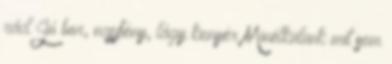
rád Jó bor, napfény, lágy kenyér Minélkülünk mit sem